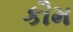
કૌમ